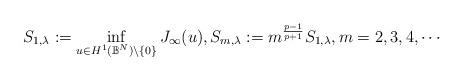
LaTeX: \begin{align*}S_{1, \lambda}:=\inf _{u \in H^{1}\left(\mathbb{B}^{N}\right) \backslash\{0\}} J_{\infty}(u), S_{m, \lambda}:=m^{\frac{p-1}{p+1}} S_{1, \lambda}, m=2,3,4, \cdots \end{align*}